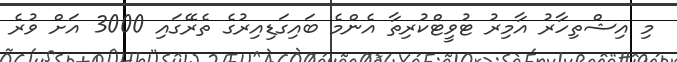
މި އިޝްތިހާރު އާމިރު ޓުވީޓްކުރިތާ އެންމެ ބައިގަޑިއިރުގެ ތެރޭގައި 3000 އަށް ވުރެ